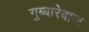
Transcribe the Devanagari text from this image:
गुब्बारेबाज